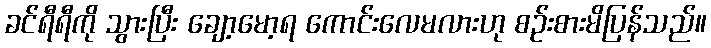
ခင်ရီရီကို သွားပြီး ချော့မော့ရ ကောင်းလေမလားဟု စဉ်းစားမိပြန်သည်။